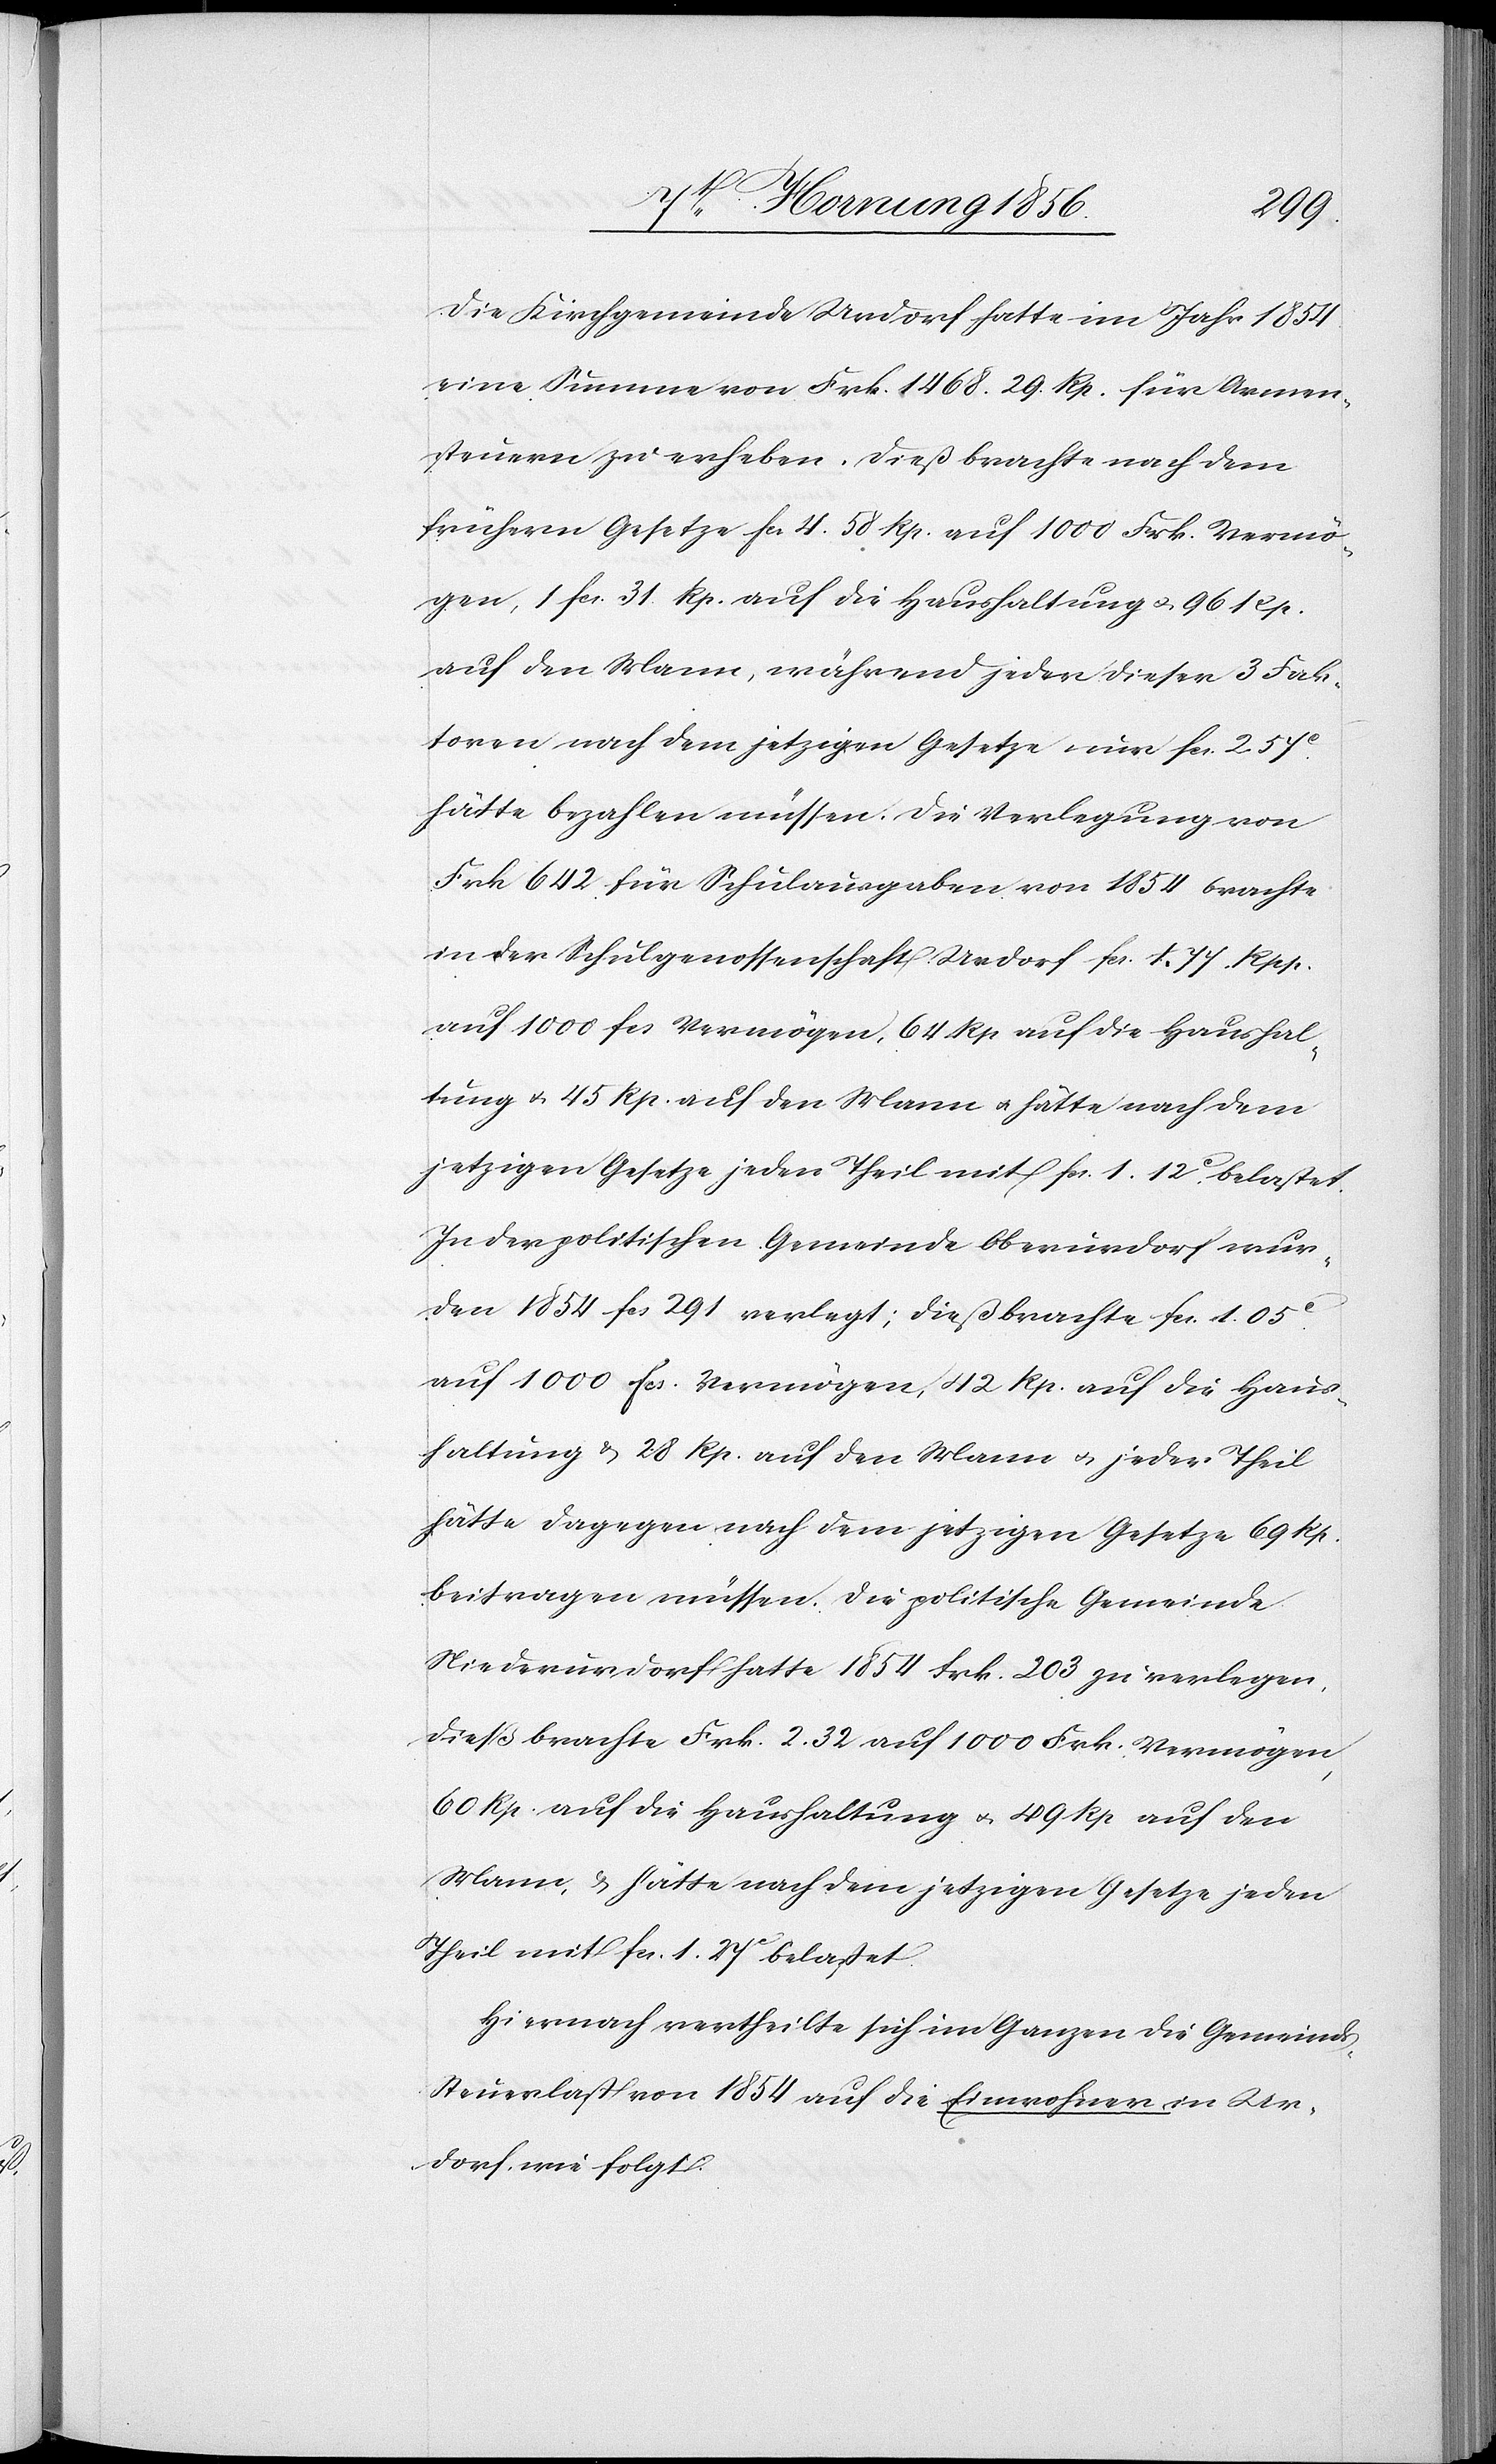
die Kirchgemeinde Urdorf hatte im Jahr 1854
eine Summe von Frk. 1468. 29. Rp. für Armen¬
steuern zu erheben. Dieß brachte nach dem
frühern Gesetze fcs 4. 58 Rp. auf 1000 Frk. Vermö¬
gen, 1 fcs. 31 Rp. auf die Haushaltung u. 96 Rp.
auf den Mann, während jeder dieser 3 Fak¬
toren nach dem jetzigen Gesetze nur fcs. 2. 57c
hätte bezahlen müssen. Die Verlegung von
Frk 642 für Schulausgaben von 1854 brachte
in der Schulgenossenschaft Urdorf fcs. 1. 77. Rpp.
auf 1000 fcs Vermögen, 64 Rp auf die Haushal¬
tung u. 45 Rp. auf den Mann u. hätte nach dem
jetzigen Gesetze jeden Theil mit fcs. 1. 12c belastet.
In der politischen Gemeinde Oberurdorf wur¬
den 1854 fcs 291 verlegt; dieß brachte fcs. 1. 05c
auf 1000 fcs. Vermögen, 42 Rp. auf die Haus¬
haltung & 28 Rp. auf den Mann u. jeder Theil
hätte dagegen nach dem jetzigen Gesetze 69 Rp.
beitragen müssen. Die politische Gemeinde
Niederurdorf hatte 1854 Frk. 203 zu verlegen,
dieß brachte Frk. 2. 32 auf 1000 Frk. Vermögen,
60 Rp. auf die Haushaltung u. 49 Rp auf den
Mann, & hätte nach dem jetzigen Gesetze jeden
Theil mit fcs. 1. 27c belastet.
Hiernach vertheilte sich im Ganzen die Gemeinds¬
steuerlast von 1854 auf die Einwohner in Ur¬
dorf wie folgt: